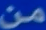
من